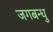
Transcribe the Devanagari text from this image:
जगबन्धु